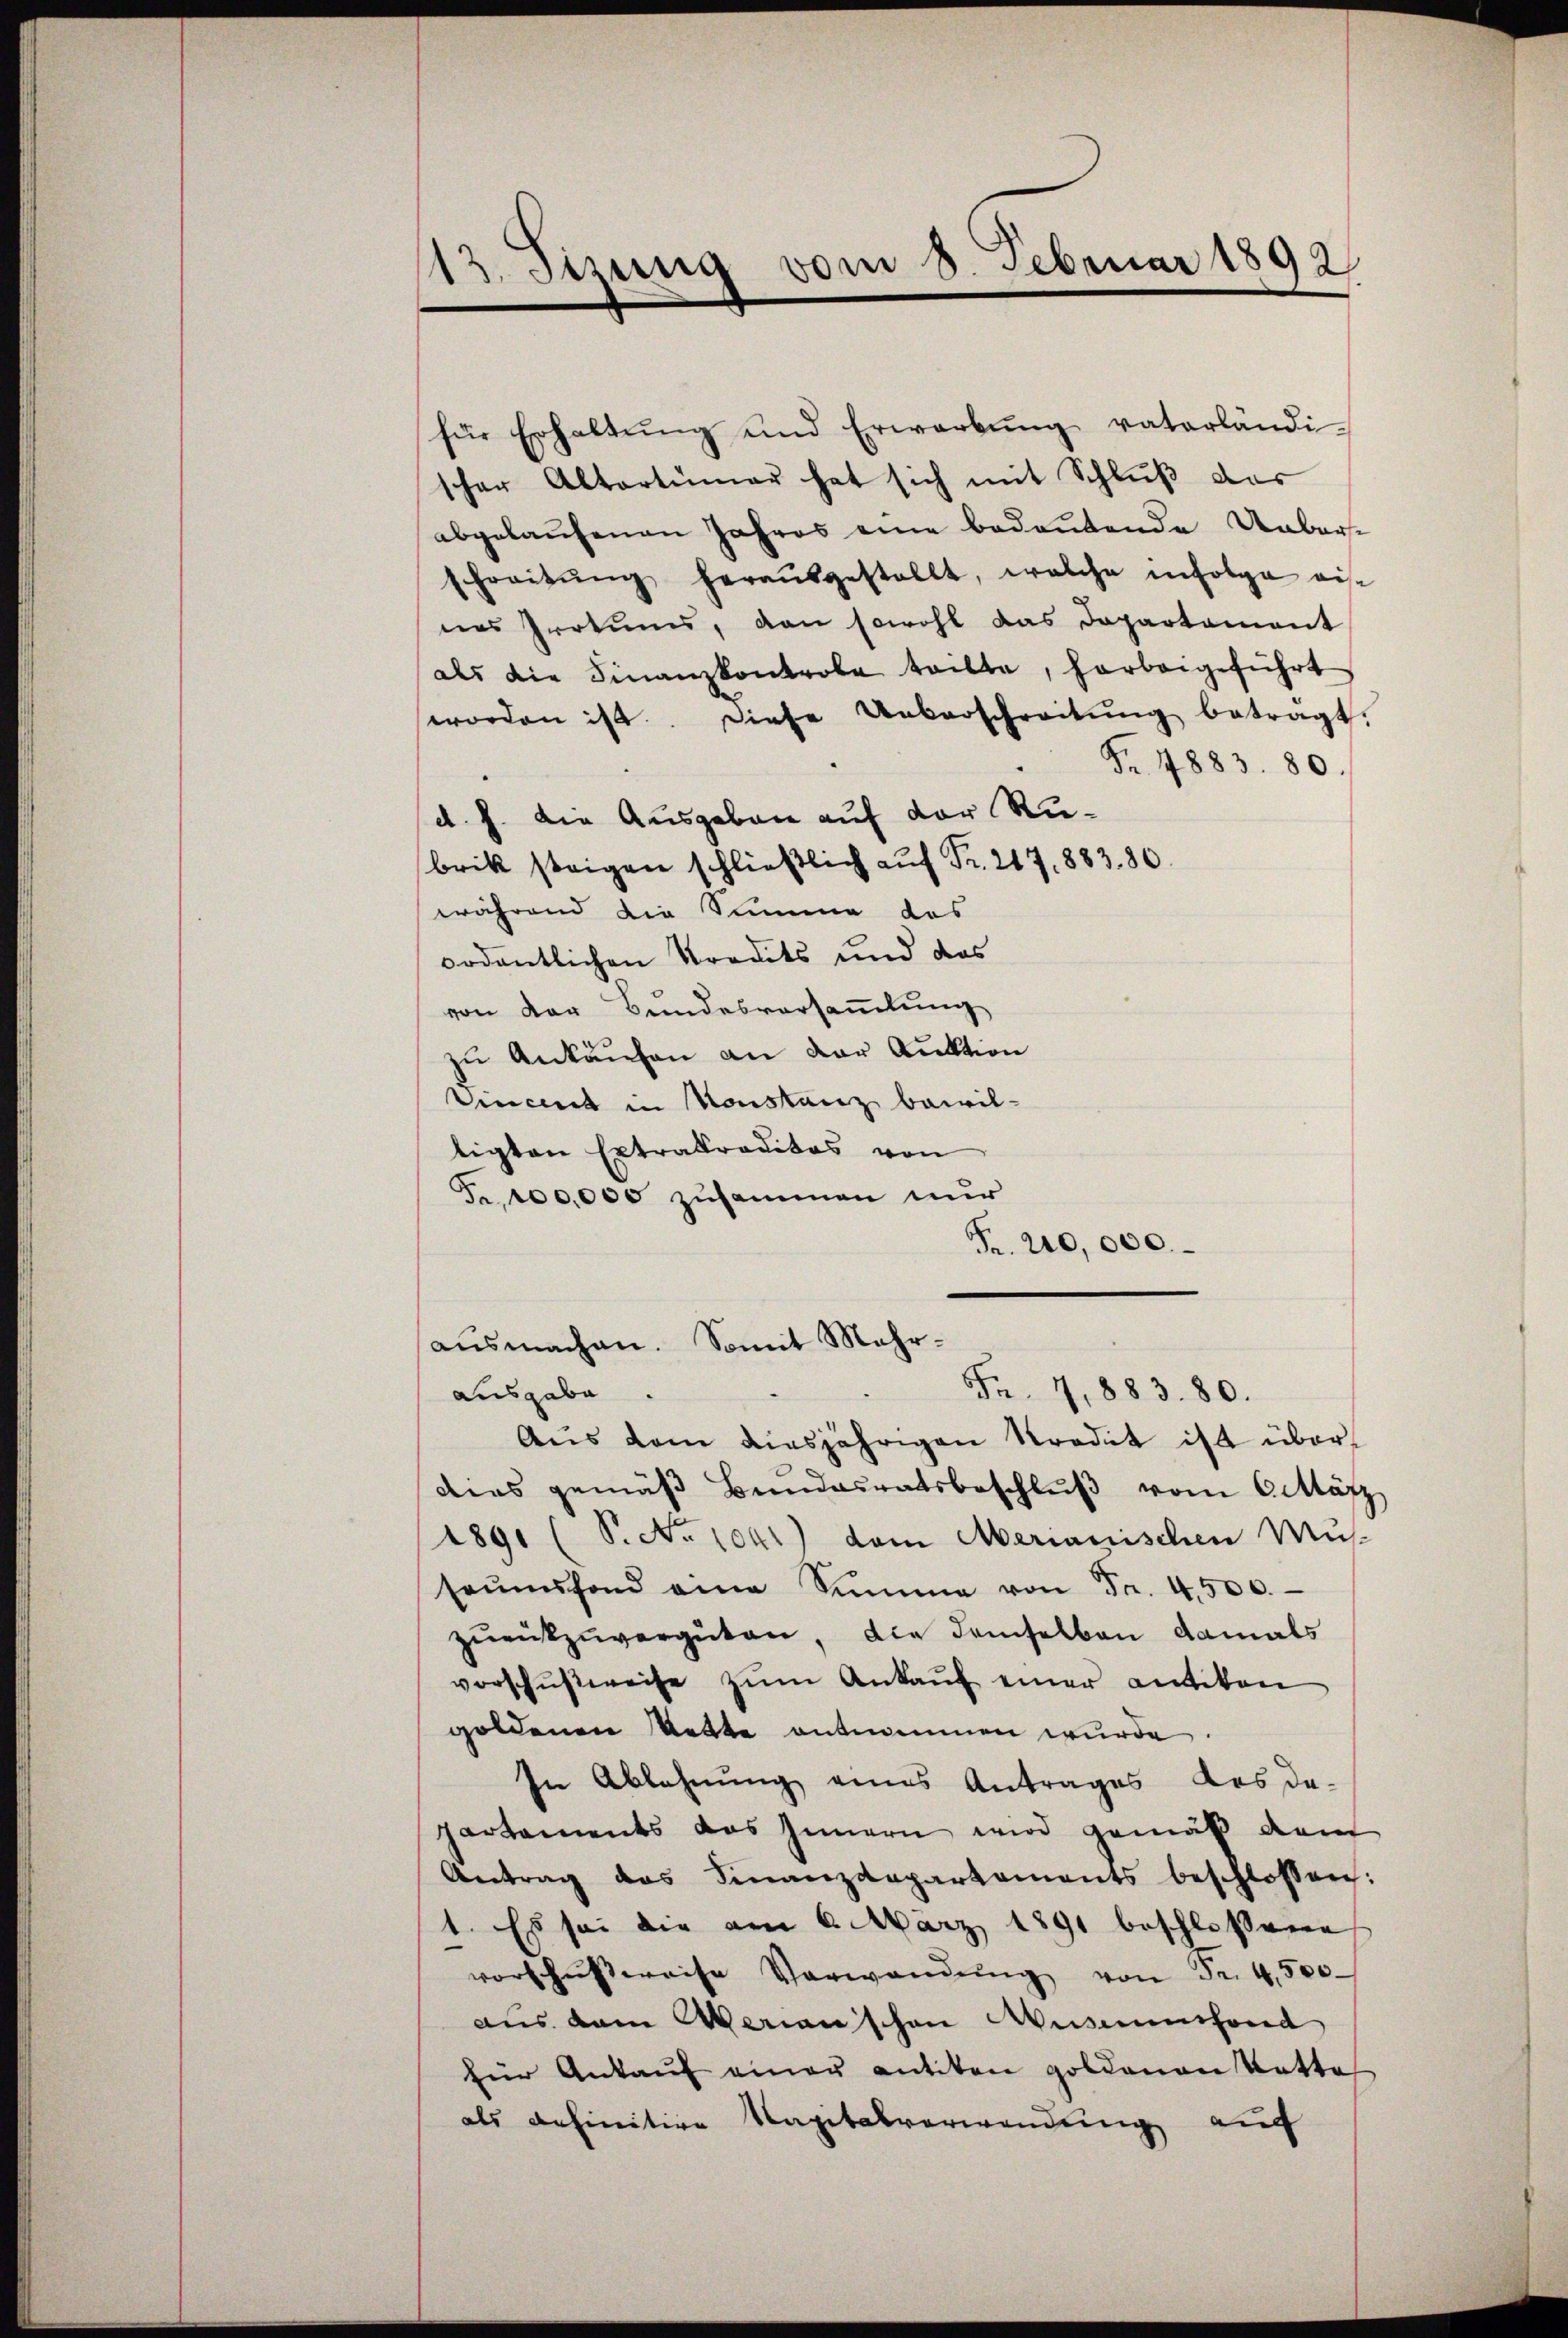
12. Stzung vom 8. Februar 1892

für Erhaltŭng und Erwarbŭng vaterländi-
scher Altertümer hat sich mit Schluß das
abgekaufenen Jahres eine bedeutende Ueber¬
Fraitŭng heraŭsgestellt, welche infolge eise
nes Irrtums, dan sowohl das Departament
als die Finanzkontrole teilte, harbeigeführt
worden ist. Diese Ueberschreitŭng betragt:
Fr. 1883. 80.
d. h. die Ausgaben auf der Rubrik steigen schließlich auf Fr. 217, 883. 80.
während die Summe das
ordentlichen Kredits und das
von der Bundesversammlung
zu Ankaufen an der Auktion
Vincent in Houstanz bewil-
tigten Extraktraditas von
Fr. 100,000 zusammen nur
Fr. 210,000.
ausmachen. Somit Mehr-
Fr. 7, 883. 80.
ausgabe
Aus dem diesjährigen Strodet ist überdies gemäβ Bundesratsbeschlŭβ vom 6 März
1891 (S. Nr. 1041) dem Merianischen Mŭs-
saŭmsfond eine Summe von Fr. 4500.
zŭrückzuvergüten, die demselben damals
vorschußweise zŭm Ankaŭf einer antiken
goldenen Rette entnommen wurde
In Ablehnung eines Antrages des da-
partaments das Innern wird gemäß dem
Antrag des Finanzdepartements beschlossen:
1. Es sei die am 6. März 1891 beschlossene
vorschußweise Verwandŭng von Fr. 4,500.
aus dem Veranschen Museumsond
für Ankaŭf einer antiten goldenen Katte
als definitive Kapitalverwendung auf